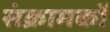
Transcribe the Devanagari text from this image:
संक्रामकों